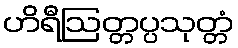
ဟိရီဩတ္တပ္ပသုတ္တံ